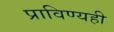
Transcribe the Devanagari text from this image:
प्राविण्यही